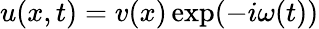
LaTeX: u(x,t)=v(x)\exp(-i\omega(t))